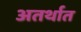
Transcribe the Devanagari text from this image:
अतर्थात